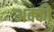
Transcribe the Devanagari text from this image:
अक्की